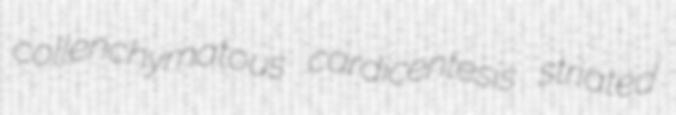
collenchymatous cardicentesis striated